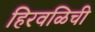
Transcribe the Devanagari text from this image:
हिरवळिची